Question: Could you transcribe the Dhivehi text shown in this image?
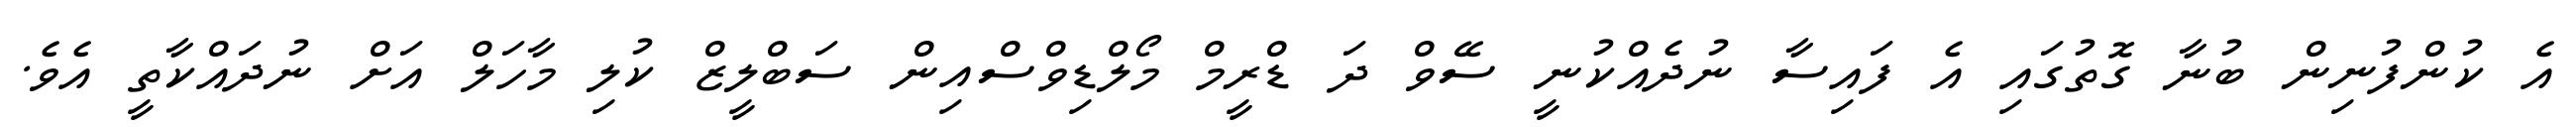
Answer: އެ ކުންފުނިން ބުނާ ގޮތުގައި އެ ފައިސާ ނުދެއްކުނީ ސޭވް ދަ ޑްރީމް މޯލްޑިވްސްއިން ސަބްލީޒް ކުލި މާހަލް އަށް ނުދައްކާތީ އެވެ.